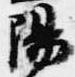
陽